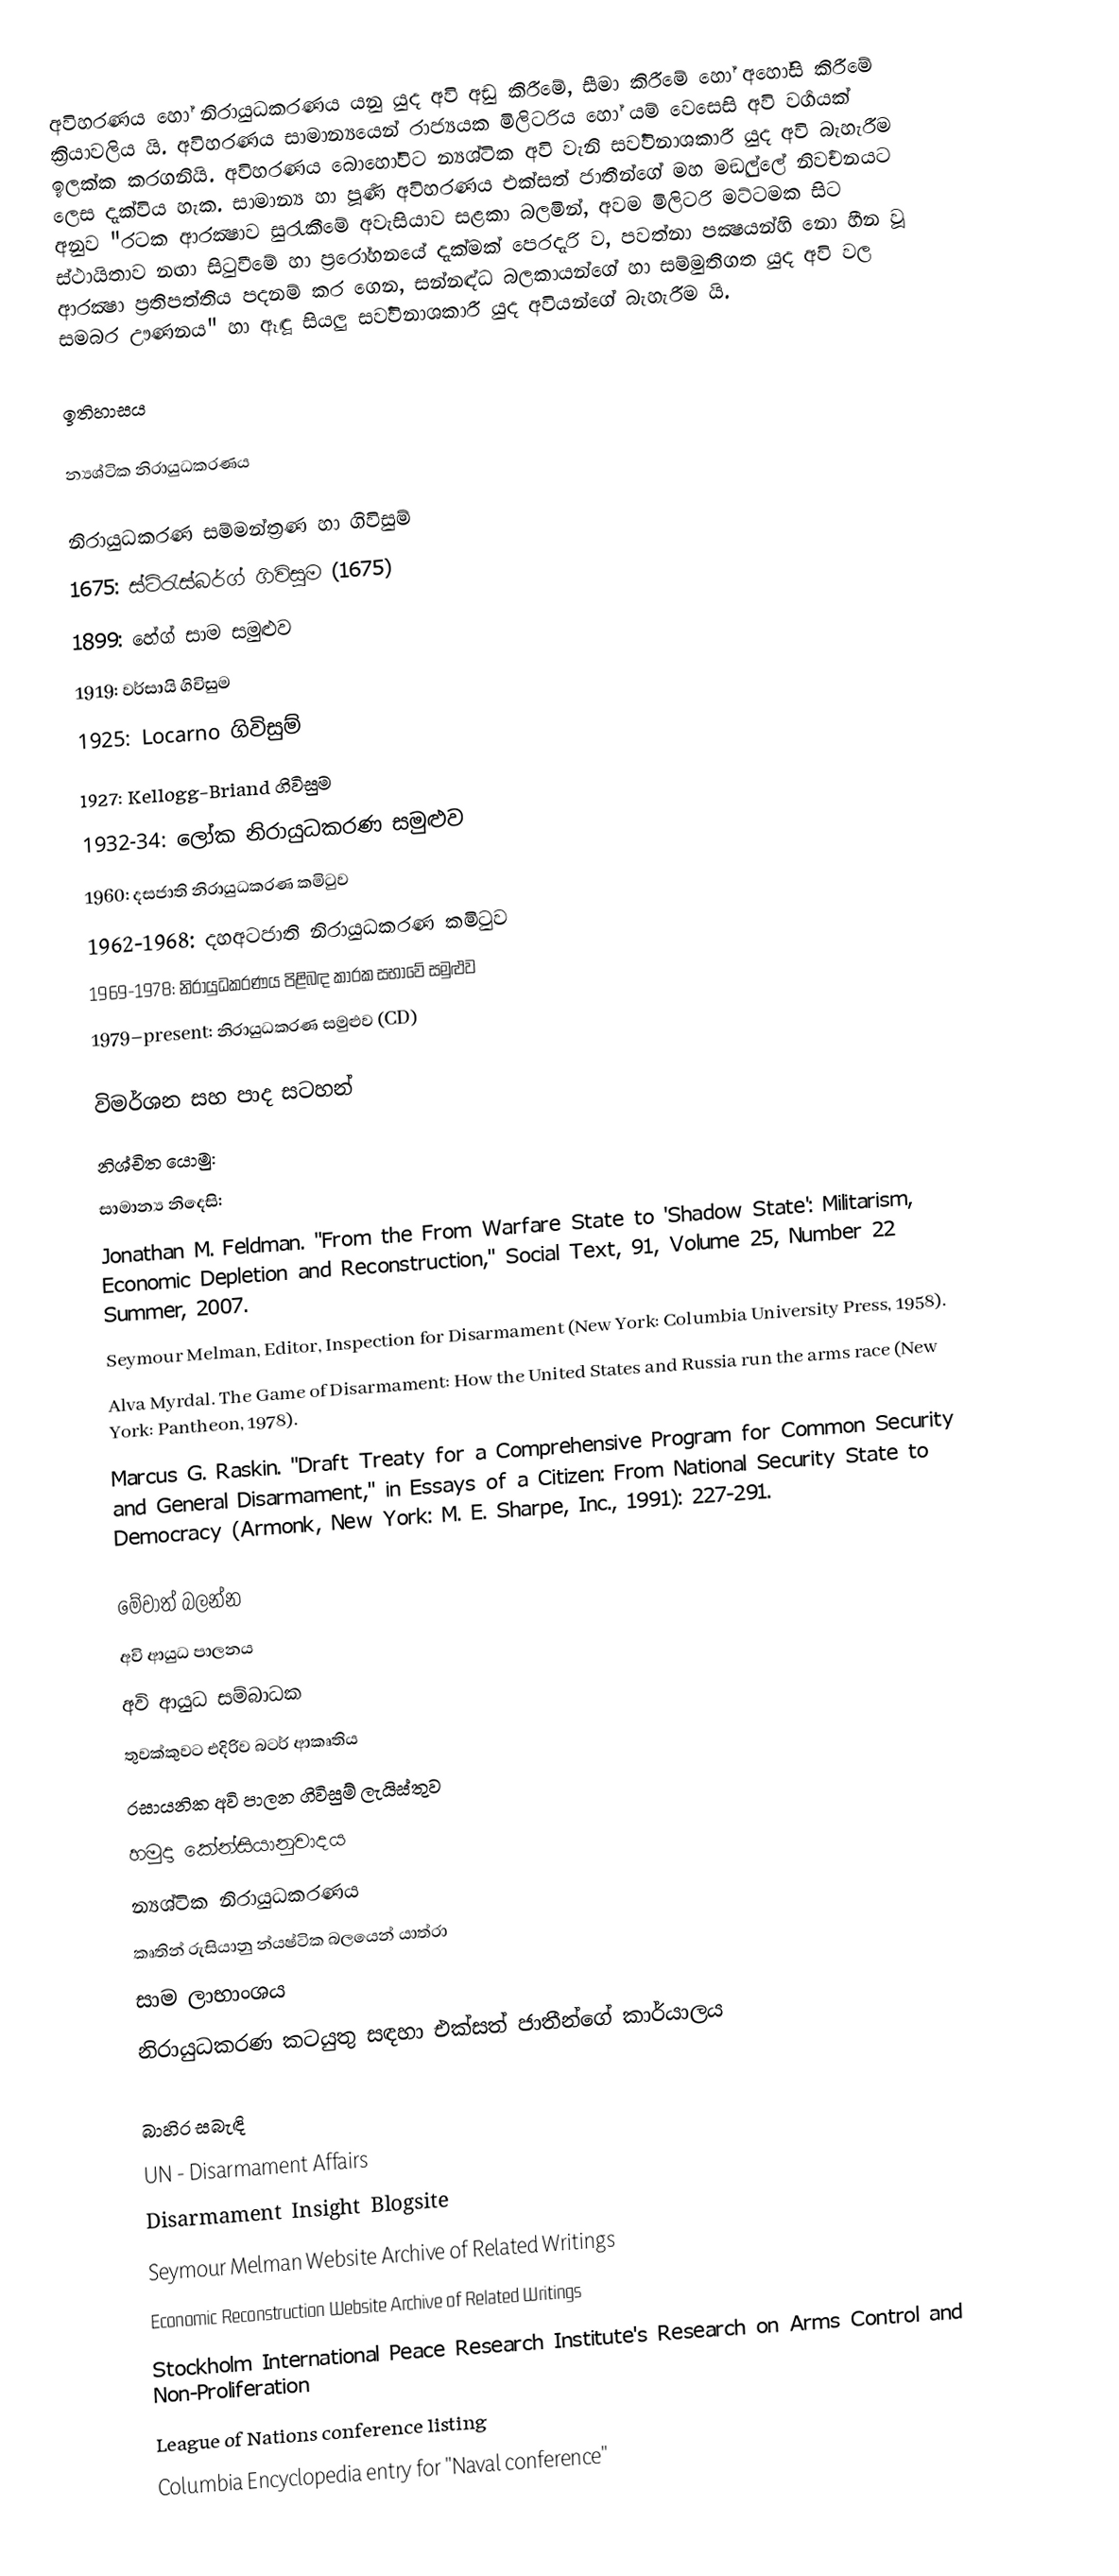
අවිහරණය හෝ නිරායුධකරණය යනු යුද අවි අඩු කිරීමේ, සීමා කිරීමේ හෝ අහෝසි කිරීමේ ක්‍රියාවලිය යි. අවිහරණය සාමාන්‍යයෙන් රාජ්‍යයක මිලිටරිය හෝ යම් වෙසෙසි අවි වර්‍ගයක් ඉලක්ක කරගනියි. අවිහරණය බොහෝවිට න්‍යශ්ටික අවි වැනි සර්‍වවිනාශකාරී යුද අවි බැහැරීම ලෙස දැක්විය හැක. සාමාන්‍ය හා පූර්‍ණ අවිහරණය එක්සත් ජාතීන්ගේ මහ මඞුල්ලේ නිර්‍වචනයට අනුව "රටක ආරක්‍ෂාව සුරැකීමේ අවැසියාව සළකා බලමින්, අවම මිලිටරි මට්ටමක සිට ස්ථායිතාව නඟා සිටුවීමේ හා ප්‍රරෝහනයේ දැක්මක් පෙරදැරි ව, පවත්නා පක්‍ෂයන්හි නො හීන වූ ආරක්‍ෂා ප්‍රතිපත්තිය පදනම් කර ගෙන, සන්නඳ්‍ධ බලකායන්ගේ හා සම්මුතිගත යුද අවි වල සමබර ඌණනය" හා ඈඳූ සියලු සර්‍වවිනාශකාරී යුද අවියන්ගේ බැහැරීම යි.

ඉතිහාසය

න්‍යශ්ටික නිරායුධකරණය

නිරායුධකරණ සම්මන්ත්‍රණ හා ගිවිසුම්
 1675: ස්ට්රැස්බර්ග් ගිවිසුම (1675)
 1899: හේග් සාම සමුළුව
 1919: වර්සායි ගිවිසුම
 1925: Locarno ගිවිසුම්
 1927: Kellogg-Briand ගිවිසුම
 1932-34: ලෝක නිරායුධකරණ සමුළුව
 1960: දසජාති නිරායුධකරණ කමිටුව
 1962-1968: දහඅටජාති නිරායුධකරණ කමිටුව
 1969-1978: නිරායුධකරණය පිළිබඳ කාරක සභාවේ සමුළුව
 1979–present: නිරායුධකරණ සමුළුව (CD)

විමර්ශන සහ පාද සටහන්
නිශ්චිත යොමු:
සාමාන්‍ය නිදෙසි:
 Jonathan M. Feldman. "From the From Warfare State to 'Shadow State': Militarism, Economic Depletion and Reconstruction," Social Text, 91, Volume 25, Number 22 Summer, 2007.
 Seymour Melman, Editor, Inspection for Disarmament (New York: Columbia University Press, 1958).
 Alva Myrdal. The Game of Disarmament: How the United States and Russia run the arms race (New York: Pantheon, 1978).
 Marcus G. Raskin. "Draft Treaty for a Comprehensive Program for Common Security and General Disarmament," in Essays of a Citizen: From National Security State to Democracy (Armonk, New York: M. E. Sharpe, Inc., 1991): 227-291.

මේවාත් බලන්න
 අවි ආයුධ පාලනය
 අවි ආයුධ සම්බාධක
 තුවක්කුවට එදිරිව බටර් ආකෘතිය
 රසායනික අවි පාලන ගිවිසුම් ලැයිස්තුව
 හමුදා කේන්සියානුවාදය
 න්‍යශ්ටික නිරායුධකරණය
 කෘතින් රුසියානු න්යෂ්ටික බලයෙන් යාත්රා
 සාම ලාභාංශය
 නිරායුධකරණ කටයුතු සඳහා එක්සත් ජාතීන්ගේ කාර්යාලය

බාහිර සබැඳි
 UN - Disarmament Affairs
 Disarmament Insight Blogsite
 Seymour Melman Website  Archive of Related Writings
 Economic Reconstruction Website Archive of Related Writings
 Stockholm International Peace Research Institute's Research on Arms Control and Non-Proliferation
 League of Nations conference listing
 Columbia Encyclopedia entry for "Naval conference"